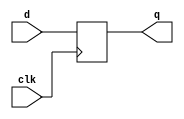
module d_latch(d,clk,q);

input d,clk;
output q;
reg y;

always@(posedge clk)
    y<=d;
assign q=y;
endmodule